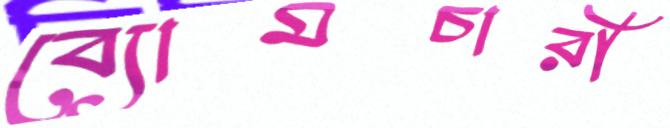
ব্যোমচারী